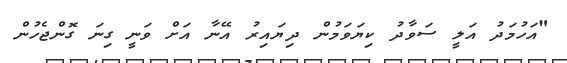
"އަހުމަދު އަލީ ސަވާދު ކިޔަވަމުން ދިޔައިރު އޭނާ އަށް ވަނީ ގިނަ ގޮންޖެހުން